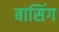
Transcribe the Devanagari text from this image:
बासिंग